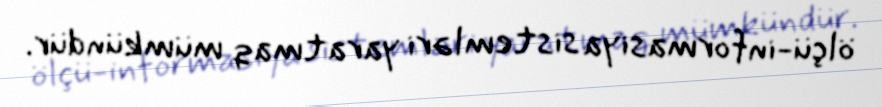
ölçü-informasiya sistemləri yaratmaq mümkündür.